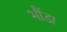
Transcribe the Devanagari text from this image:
भौंडा